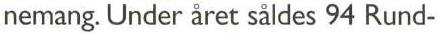
nemang. Under året såldes 94 Rund-